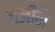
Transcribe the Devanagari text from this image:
गजीने